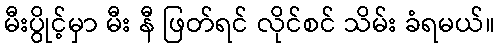
မီးပွိုင့်မှာ မီး နီ ဖြတ်ရင် လိုင်စင် သိမ်း ခံရမယ်။